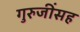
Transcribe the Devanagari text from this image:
गुरुजींसह